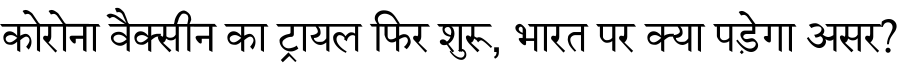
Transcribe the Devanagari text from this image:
कोरोना वैक्सीन का ट्रायल फिर शुरू, भारत पर क्या पड़ेगा असर?